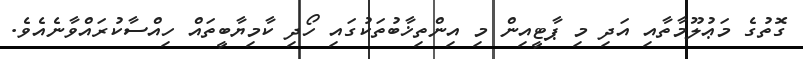
ގޮތުގެ މަޢުލޫމާތާއި އަދި މި ޕާޓީއިން މި އިންތިޚާބުތަކުގައި ހޯދި ކާމިޔާބީތައް ހިއްސާކުރައްވާނެއެވެ.